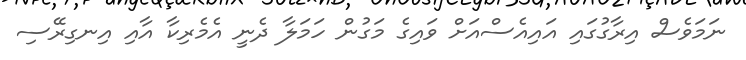
ނަމަވެސް އިރާގުގައި އައިއެސްއަށް ވައިގެ މަގުން ހަމަލާ ދެނީ އެމެރިކާ އާއި އިނގިރޭސި